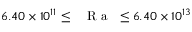
6 . 4 0 \times 1 0 ^ { 1 1 } \leq \mathrm { ~ \textit ~ { ~ R ~ a ~ } ~ } \leq 6 . 4 0 \times 1 0 ^ { 1 3 }